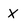
Character: X